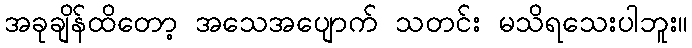
အခုချိန်ထိတော့ အသေအပျောက် သတင်း မသိရသေးပါဘူး။